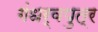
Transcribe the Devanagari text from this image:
गंधर्वपुत्र